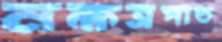
নক্ষত্রপাত